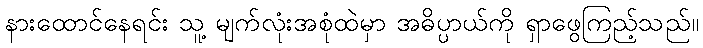
နားထောင်နေရင်း သူ့ မျက်လုံးအစုံထဲမှာ အဓိပ္ပာယ်ကို ရှာဖွေကြည့်သည်။